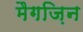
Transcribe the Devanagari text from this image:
मैगज़िन